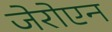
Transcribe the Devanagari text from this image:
जेरोएन